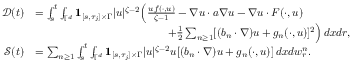
\begin{array} { r l r } { \mathcal { D } ( t ) } & { = \int _ { s } ^ { t } \int _ { { \mathbb T } ^ { d } } { { \bf 1 } } _ { [ s , \tau _ { j } ] \times \Gamma } | u | ^ { \zeta - 2 } \Big ( \frac { u f ( \cdot , u ) } { \zeta - 1 } - \nabla u \cdot a \nabla u - \nabla u \cdot F ( \cdot , u ) } \\ & { \qquad \qquad \qquad \qquad \qquad \qquad + \frac 1 2 \sum _ { n \geq 1 } [ ( b _ { n } \cdot \nabla ) u + g _ { n } ( \cdot , u ) ] ^ { 2 } \Big ) \, d x d r , } & \\ { \mathcal { S } ( t ) } & { = \sum _ { n \geq 1 } \int _ { s } ^ { t } \int _ { { \mathbb T } ^ { d } } { { \bf 1 } } _ { [ s , \tau _ { j } ] \times \Gamma } | u | ^ { \zeta - 2 } u [ ( b _ { n } \cdot \nabla ) u + g _ { n } ( \cdot , u ) ] \, d x d w _ { r } ^ { n } . } \end{array}